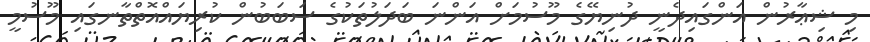
މި ޝިޢާރުން އަންގައިދެނީ ދުނިޔޭގެ މޫސުމަށް އަންނަ ބަދަލުތަކުގެ ސަބަބުން ކުރިޔައްއޮތްތާނގައި މޫސުމީ